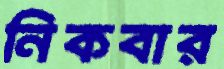
নিকবার